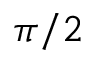
\pi / 2